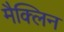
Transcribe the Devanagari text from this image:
मैक्लिन